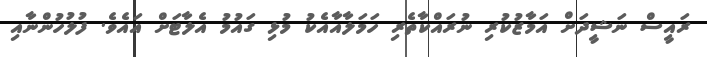
ރައީސް ނަޝީދަށް އަމާޒުކުރި ނުރައްކާތެރި ހަމަލާއާއެކު މުޅި ގައުމު އެލާޓަށް އައެވެ. ފުލުހުންނާއި